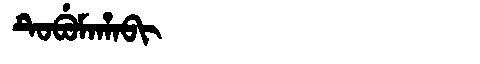
Manchu: ᡨᡠᠪᡠᠮᠠᡥᠠᠪᡳ
Romanization: TUBUMAHABI